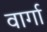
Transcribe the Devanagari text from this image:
वार्गा